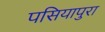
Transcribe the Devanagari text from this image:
पसियापुरा